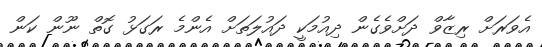
އެވަރަށް ރިޒާވް ދަށްވެގެން ދިއުމަކީ ދައުލަތަށް އެންމެ ރަގަޅު ގޮތް ނޫން ކަން